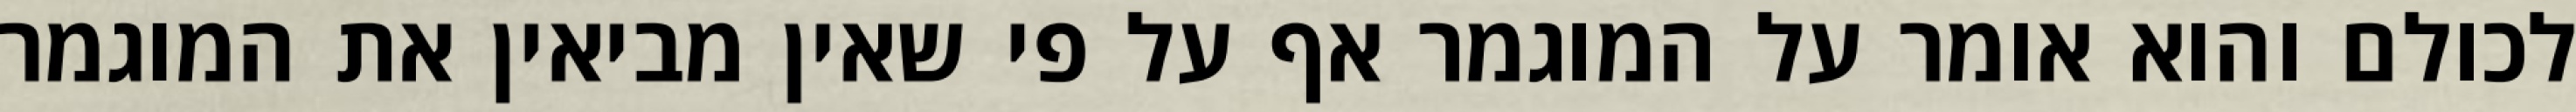
לכולם והוא אומר על המוגמר אף על פי שאין מביאין את המוגמר